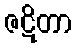
ဇဋိတာ